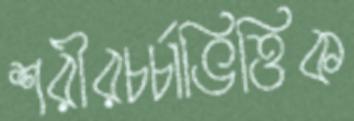
শরীরচর্চাভিত্তিক